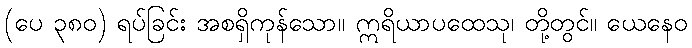
(ပေ ၃၈၀) ရပ်ခြင်း အစရှိကုန်သော။ ဣရိယာပထေသု၊ တို့တွင်။ ယေနေဝ